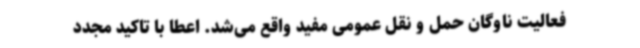
فعالیت ناوگان حمل و نقل عمومی مفید واقع می‌شد. اعطا با تاکید مجدد